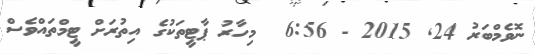
ނޮވެމްބަރު 24